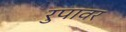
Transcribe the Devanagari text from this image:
रुपावर